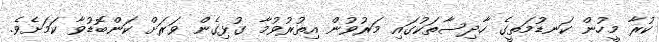
ކުރާ މީހުން ކަނޑުމަތީގެ ހާދިސާތަކުގައި މަރުވުން އިތުރުވުމާ ގުޅިގެން ވަރަށް ކަންބޮޑުވާ ކަމަށެވެ.